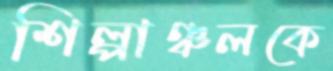
শিল্পাঞ্চলকে